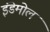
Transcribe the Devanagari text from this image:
इंडेमोल